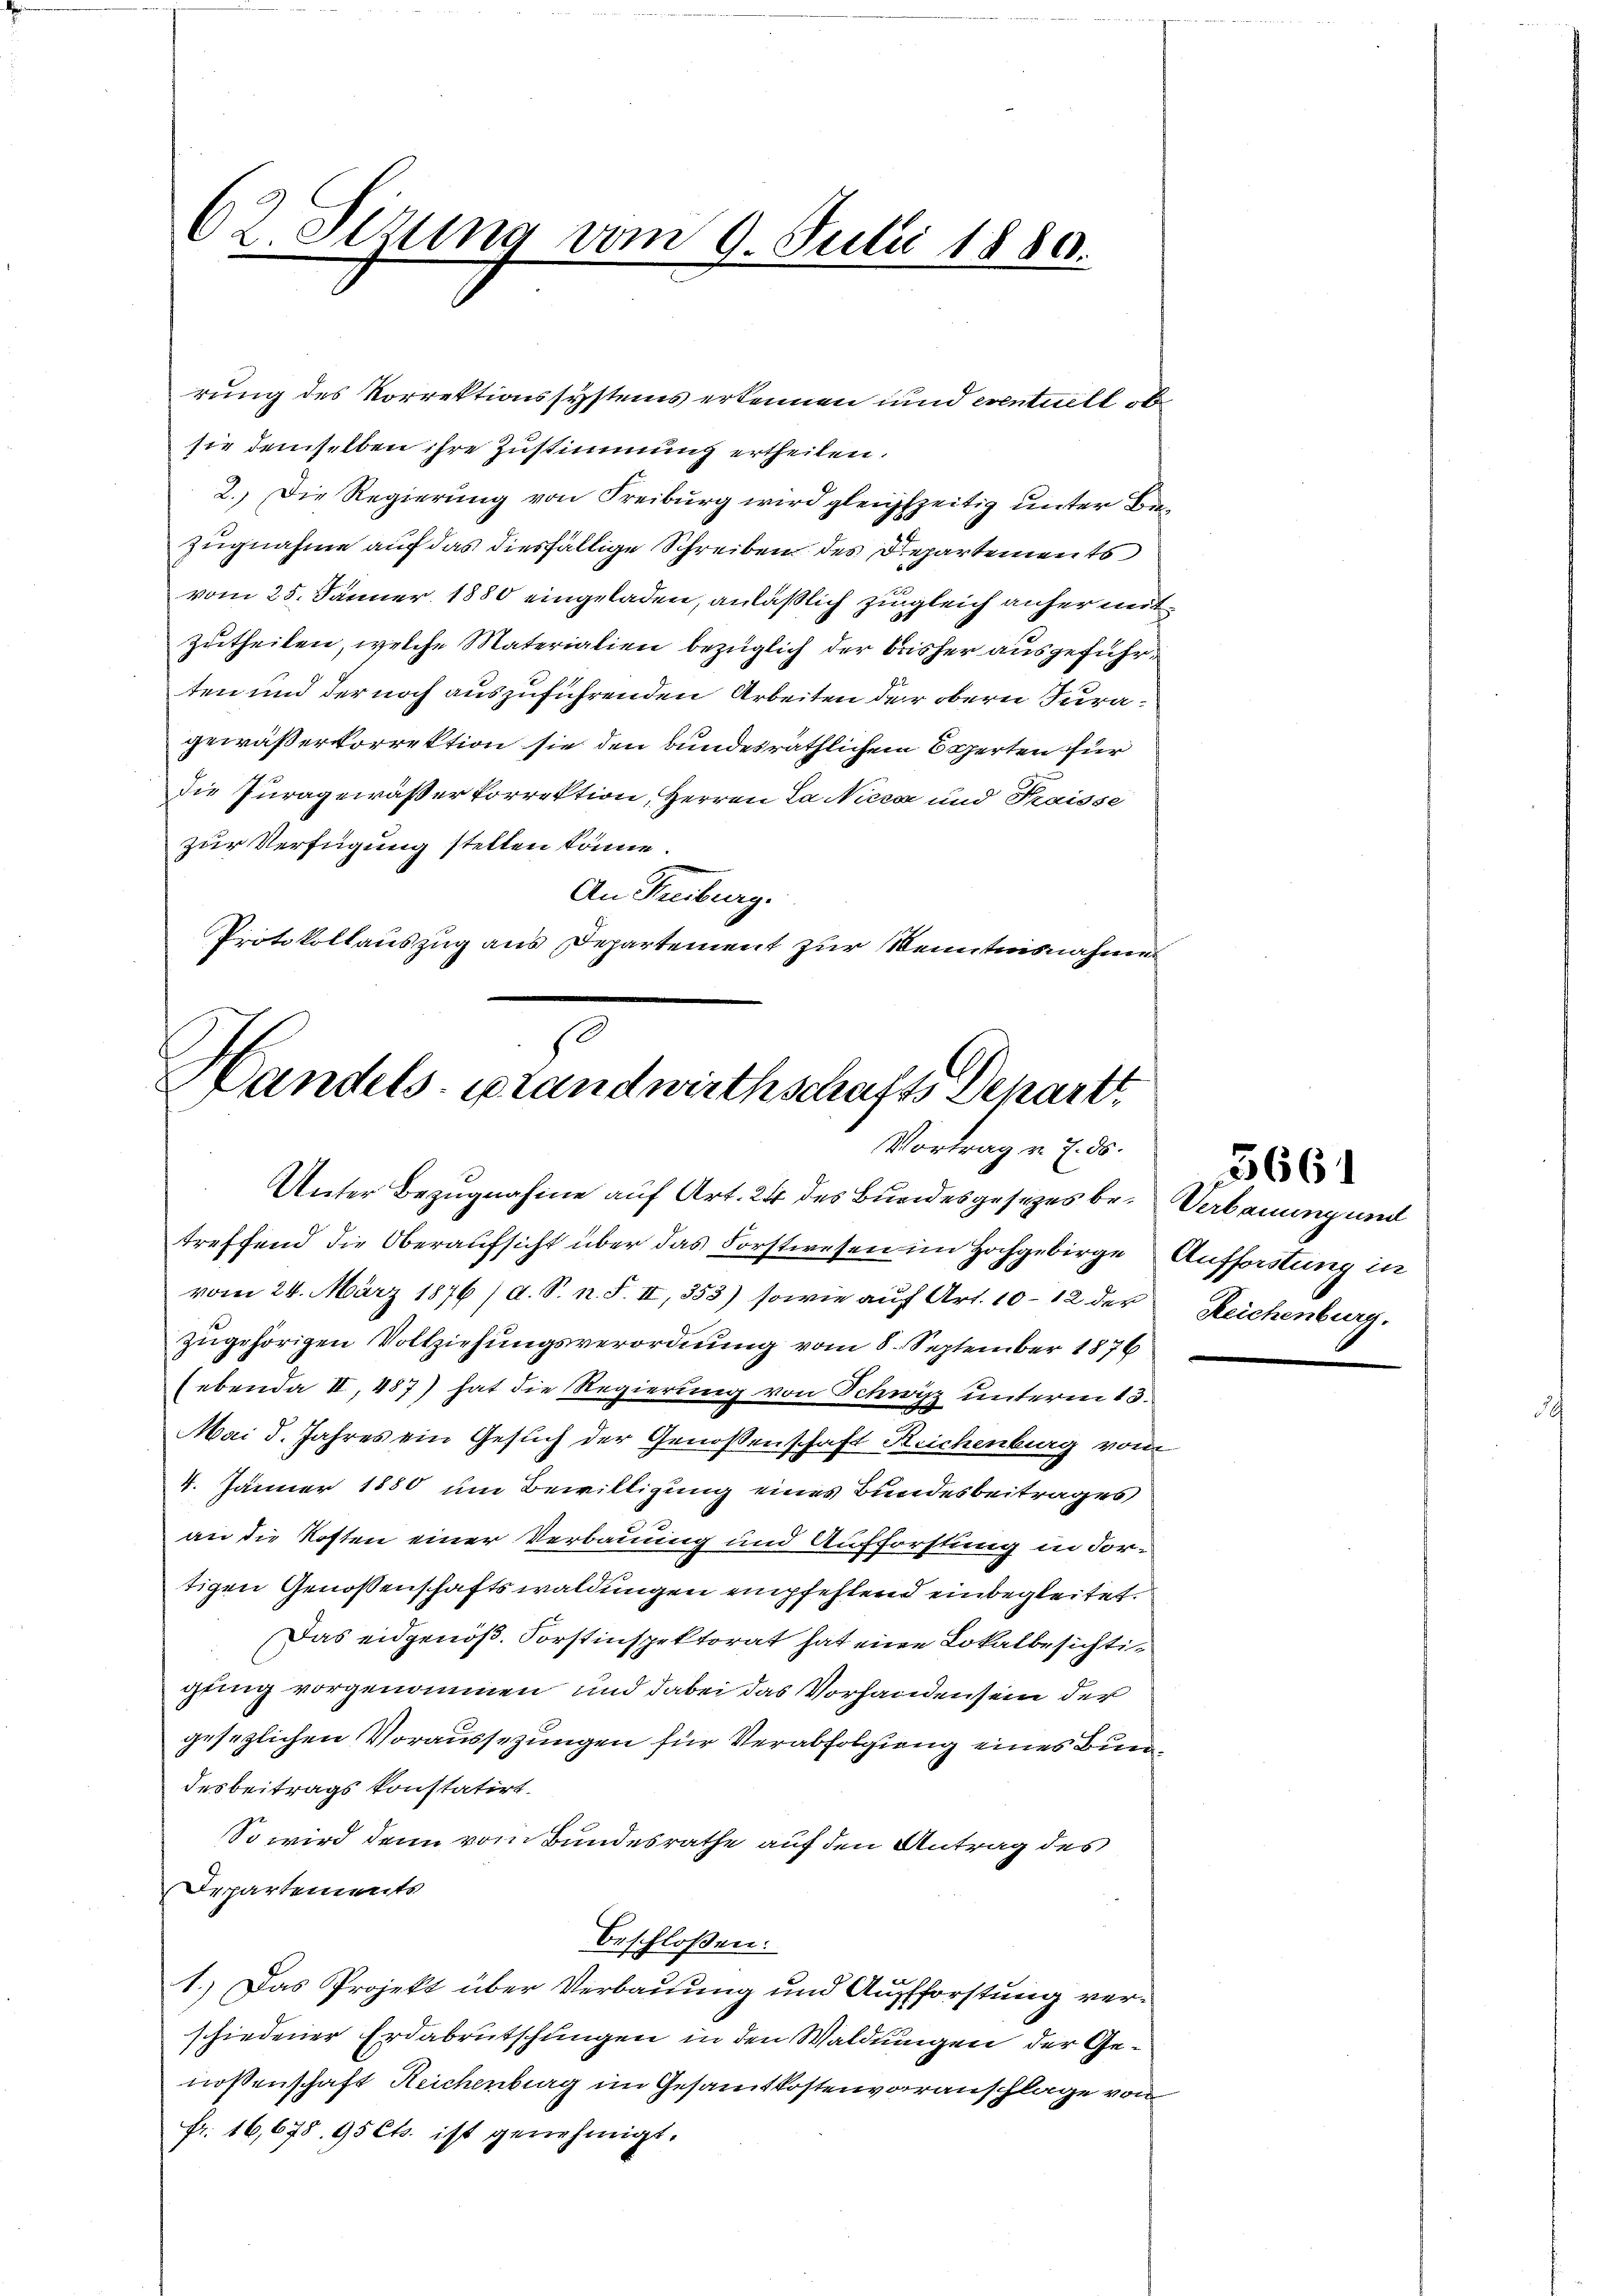
62 Sezung vom 9. Julii 1880.

rung des Korrektionssystems erkennen und eventuell ob
sie demselben ihre Zustimmung ertheilen.
2.) Die Regierung von Freiburg wird gleichzeitig unter Bezugnahme auf das diesfällige Schreiben des Departements
vom 25. Jänner 1880 eingeladen, anläßlich zugleich anher mitzutheilen, welche Materialien bezüglich der bisher ausgeführten und der noch auszuführenden Arbeiten der obern Curagewäßerkorrektion sie den bundesräthlichem Sperten für
die Juragewässer korrektion, Herren La Nizza und Kraisse
zur Verfügung stellen könne.
An Freiburg.
Protokollauszug aus Departement zur Kenntnisnahmen

se
Handels-Brandwirthschafts Depart
Vortrag v. 7. ds.

Unter Bezugnahme auf Art. 24 des Bundesgesezes be- Verbauung und
treffend die Oberaufsicht über das Forstwesen im Hochgebirge Aufforstung in
vom 24. März 1876 /d. S. n. F. II, 353) sowie auf Art. 10-12 der
zugehörigen Vollziehungsverordnung vom 8. September 1876
(ebenda II, 487) hat die Regierung von Schwyz unterm 13.
Mai d. Jahres ein Gesuch der Genossenschaft Reichenburg vom
4. Jänner 1880 um Bewilligung eines Bundesbeitrages,
an die Kosten einer Verbauung und Aufforstung in Fortigen Genossenschaftswaldungen empfehlend einbegleitet.
Das eidgenöß. Forstinspektorat hat eine Lokalbesichtigung vorgenommen und dabei das Vorhanden sein der
gesezlichen Voraussezungen für Verabfolgung eines Bundesbeitrags konstatirt.
So wird dann vom Bundesrathe auf den Antrag des
Departements
beschloßen:
1.) Das Projekt über Verbauung und Aufforstung verschiedener Erdabrutschungen in den Waldungen der Genossenschaft Reichenburg im Gesammtkostenvoranschlage von
fr. 16,678. 95 Cts. ist genehmigt.

Reichenburg.

566